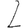
Digit: 2